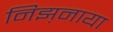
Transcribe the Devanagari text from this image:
निझ़नाया